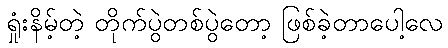
ရှုံးနိမ့်တဲ့ တိုက်ပွဲတစ်ပွဲတော့ ဖြစ်ခဲ့တာပေါ့လေ